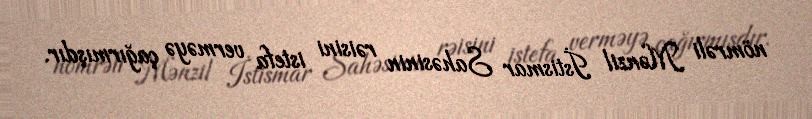
nömrəli Mənzil İstismar Sahəsinin rəisini istefa verməyə çağırmışdır.